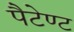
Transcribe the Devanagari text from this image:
पैटेण्ट